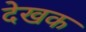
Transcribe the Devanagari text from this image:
देखक